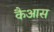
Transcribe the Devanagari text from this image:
कैआस